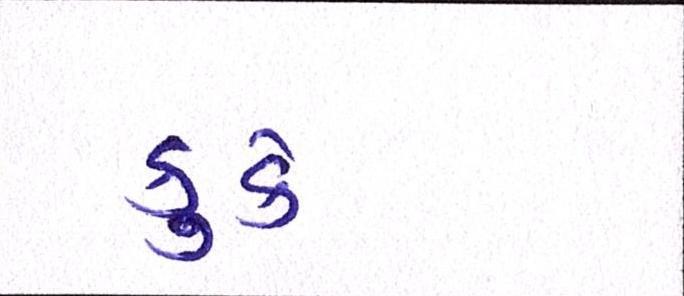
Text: કુકે